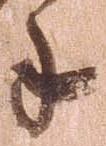
年